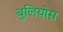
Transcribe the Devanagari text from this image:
बुलियोस